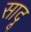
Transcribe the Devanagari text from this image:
सादू